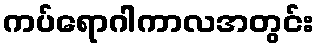
ကပ်ရောဂါကာလအတွင်း